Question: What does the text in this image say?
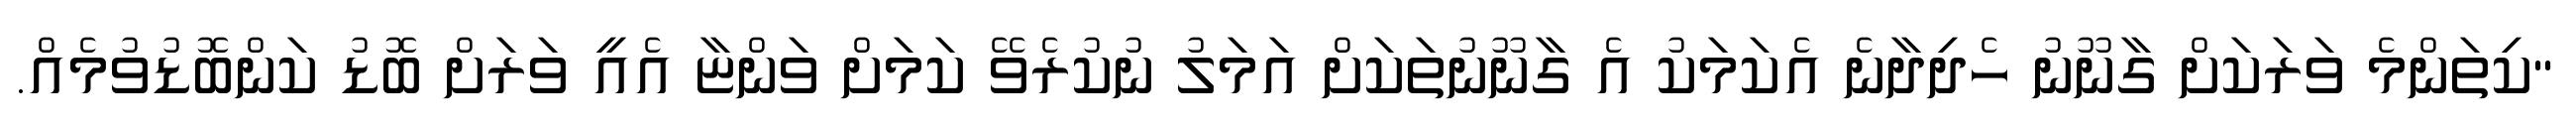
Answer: "ކިތަންމެ ވަރަކަށް ގާނޫނު ހެދިދާނެ އެކަމަކު އެ ގާނޫނުތަކަށް އަމަލު ނުކުރެވޭ ކަމަށް ވަންޏާ އެއީ ވަރަށް ބޮޑު ކަންބޮޑުވުމެއް.